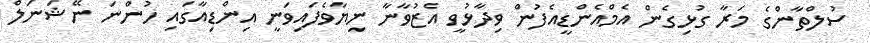
ސުލްތާންގެ މަރާ ގުޅިގެން އެމްއެންޑީއެފުން ވިދާޅުވީ އެޒުވާނާ ނިޔާވެފައިވަނީ އިންޑިއާގައި ހުންނަ ނޭޝަނަލް